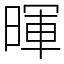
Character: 暉